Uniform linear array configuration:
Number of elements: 48
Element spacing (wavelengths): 0.75
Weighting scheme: kaiser
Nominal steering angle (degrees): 60
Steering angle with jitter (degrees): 61.891
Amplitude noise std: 0.05
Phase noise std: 0.05

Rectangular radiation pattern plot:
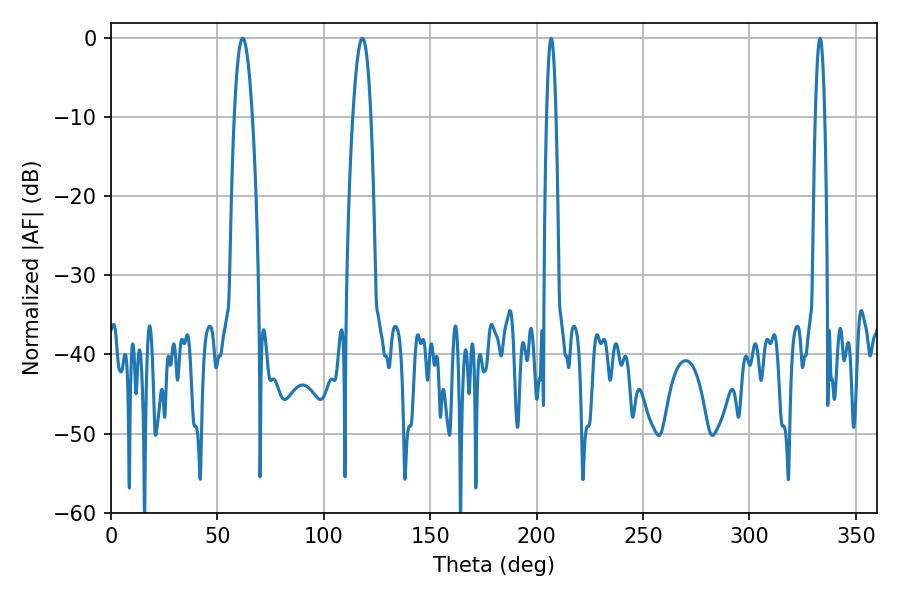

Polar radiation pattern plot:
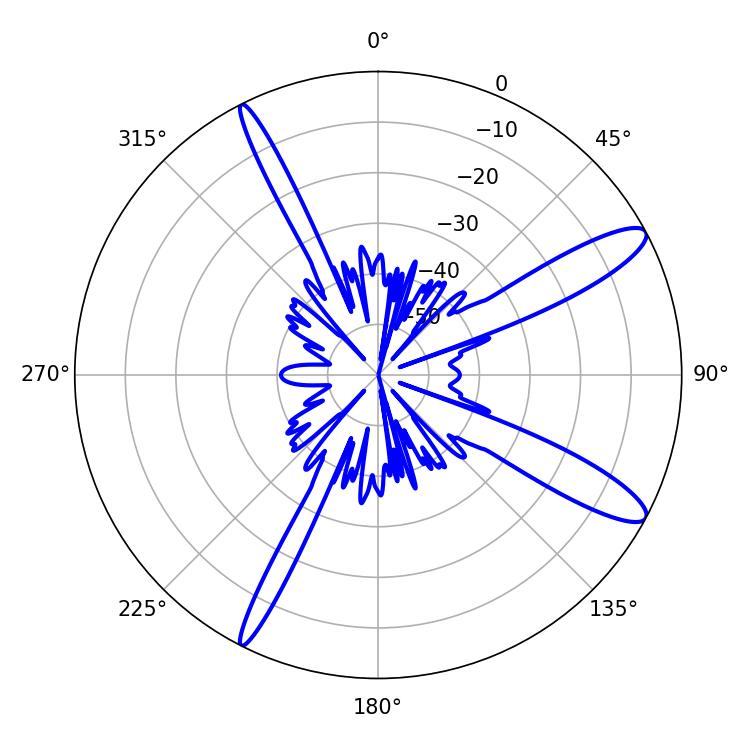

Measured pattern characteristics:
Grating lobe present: TRUE
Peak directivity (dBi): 12.433
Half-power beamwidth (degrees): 2.34
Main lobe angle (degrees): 206.82